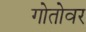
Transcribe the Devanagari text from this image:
गोतोवर